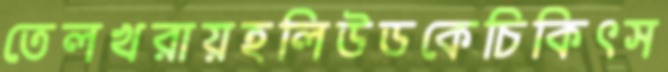
তেলখরায়হলিউডকেচিকিৎস